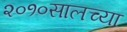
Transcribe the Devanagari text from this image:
२०१०सालच्या